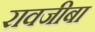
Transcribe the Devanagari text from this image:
रावजीबा